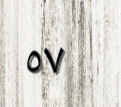
٥٧